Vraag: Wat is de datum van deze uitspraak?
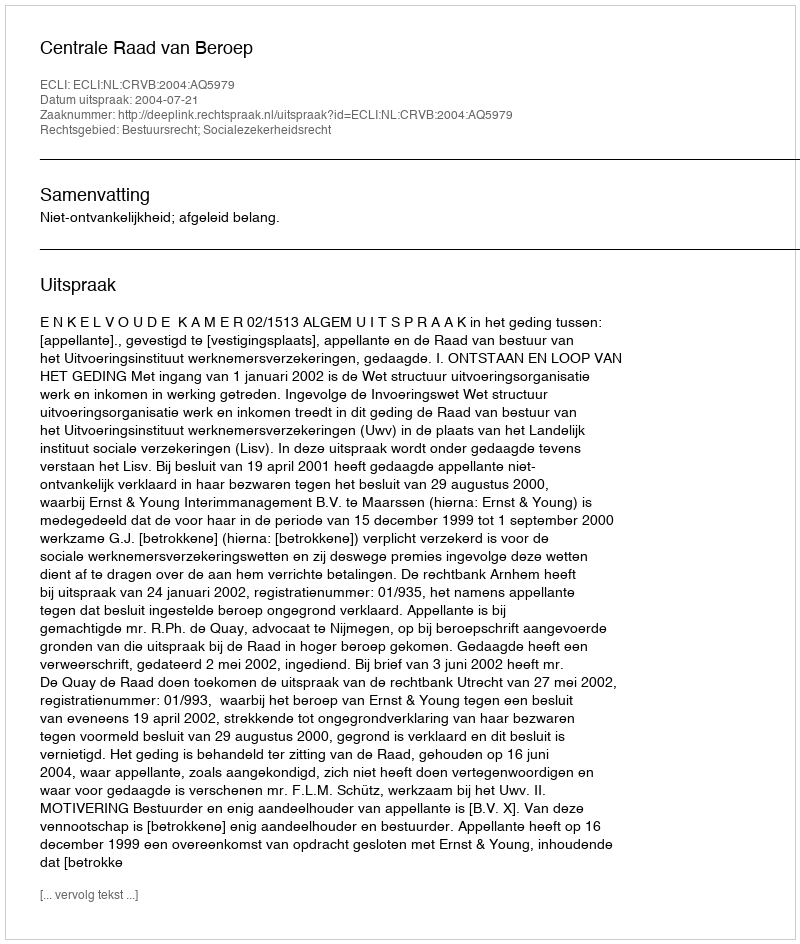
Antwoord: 2004-07-21